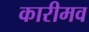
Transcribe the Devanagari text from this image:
कारीमव